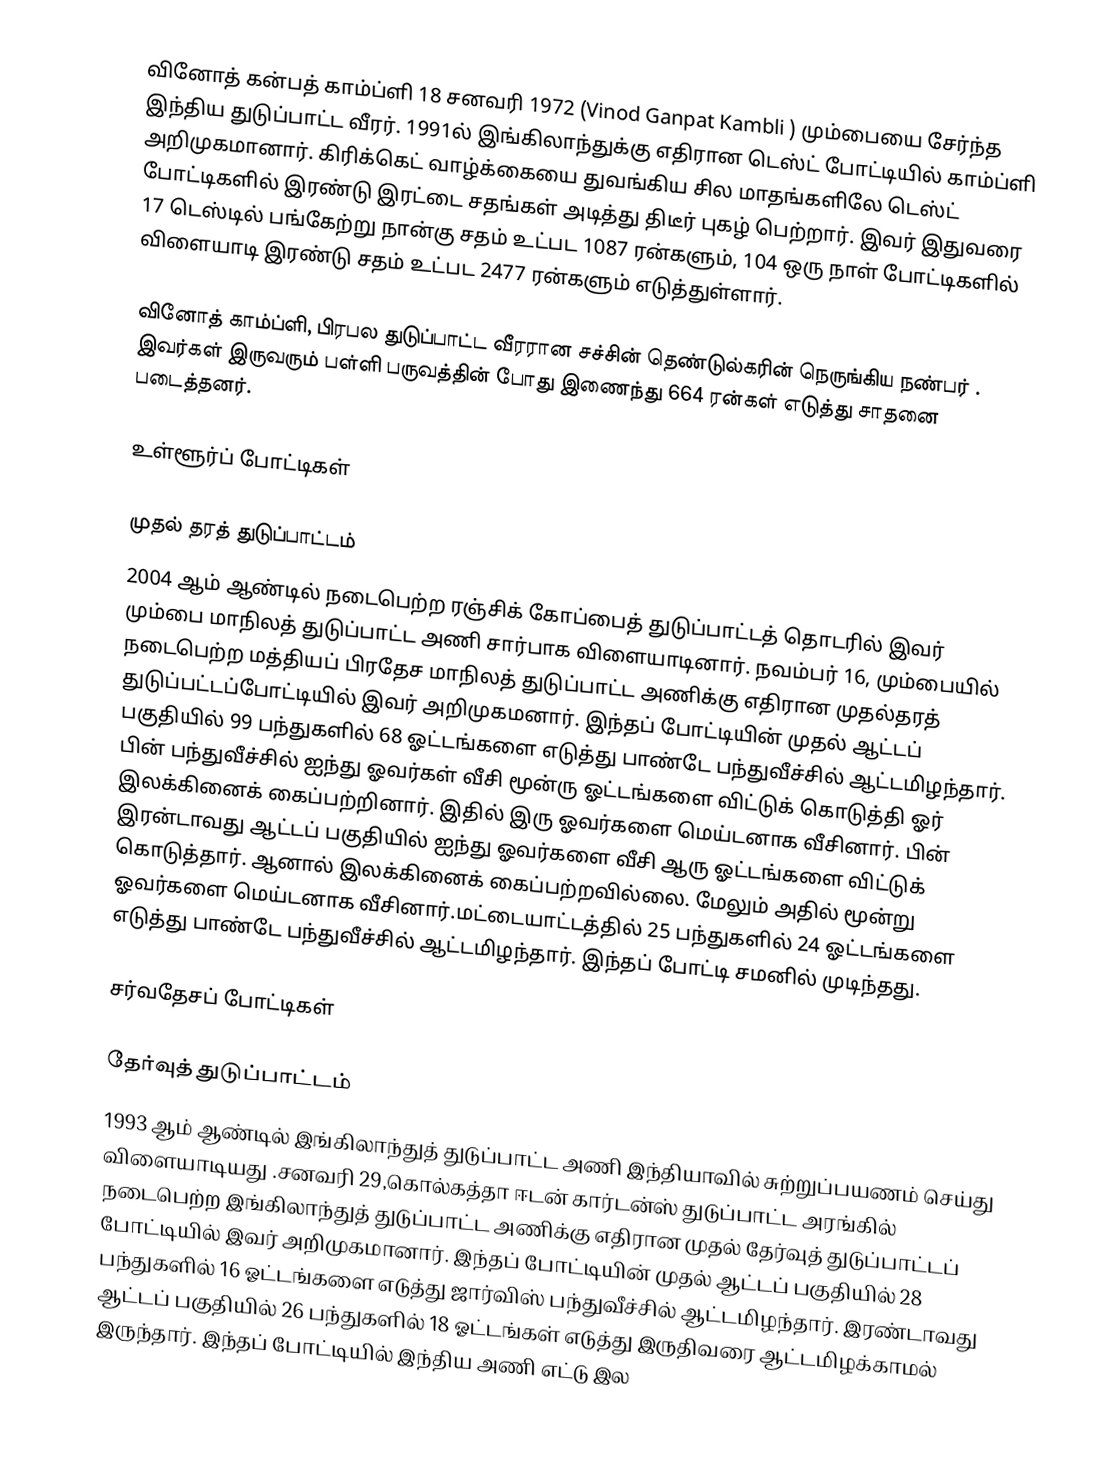
வினோத் கன்பத் காம்ப்ளி 18 சனவரி 1972 (Vinod Ganpat Kambli ) மும்பையை சேர்ந்த இந்திய துடுப்பாட்ட வீரர். 1991ல் இங்கிலாந்துக்கு எதிரான டெஸ்ட் போட்டியில் காம்ப்ளி அறிமுகமானார். கிரிக்கெட் வாழ்க்கையை துவங்கிய சில மாதங்களிலே டெஸ்ட் போட்டிகளில் இரண்டு இரட்டை சதங்கள் அடித்து திடீர் புகழ் பெற்றார். இவர் இதுவரை 17 டெஸ்டில் பங்கேற்று நான்கு சதம் உட்பட 1087 ரன்களும், 104 ஒரு நாள் போட்டிகளில் விளையாடி இரண்டு சதம் உட்பட 2477 ரன்களும் எடுத்துள்ளார்.

வினோத் காம்ப்ளி, பிரபல துடுப்பாட்ட வீரரான சச்சின் தெண்டுல்கரின் நெருங்கிய நண்பர் . இவர்கள் இருவரும் பள்ளி பருவத்தின் போது இணைந்து 664 ரன்கள் எடுத்து சாதனை படைத்தனர்.

உள்ளூர்ப் போட்டிகள்

முதல் தரத் துடுப்பாட்டம்
2004 ஆம் ஆண்டில் நடைபெற்ற ரஞ்சிக் கோப்பைத் துடுப்பாட்டத் தொடரில் இவர் மும்பை மாநிலத் துடுப்பாட்ட அணி சார்பாக விளையாடினார். நவம்பர் 16, மும்பையில் நடைபெற்ற மத்தியப் பிரதேச மாநிலத் துடுப்பாட்ட அணிக்கு எதிரான முதல்தரத் துடுப்பட்டப்போட்டியில் இவர் அறிமுகமனார். இந்தப் போட்டியின் முதல் ஆட்டப் பகுதியில் 99 பந்துகளில் 68 ஓட்டங்களை எடுத்து பாண்டே பந்துவீச்சில் ஆட்டமிழந்தார். பின் பந்துவீச்சில் ஐந்து ஓவர்கள் வீசி மூன்ரு ஓட்டங்களை விட்டுக் கொடுத்தி ஓர் இலக்கினைக் கைப்பற்றினார். இதில் இரு ஓவர்களை மெய்டனாக வீசினார். பின் இரன்டாவது ஆட்டப் பகுதியில் ஐந்து ஓவர்களை வீசி ஆரு ஓட்டங்களை விட்டுக் கொடுத்தார். ஆனால் இலக்கினைக் கைப்பற்றவில்லை. மேலும் அதில் மூன்று ஓவர்களை மெய்டனாக வீசினார்.மட்டையாட்டத்தில் 25 பந்துகளில் 24 ஓட்டங்களை எடுத்து பாண்டே பந்துவீச்சில் ஆட்டமிழந்தார். இந்தப் போட்டி சமனில் முடிந்தது.

சர்வதேசப் போட்டிகள்

தேர்வுத் துடுப்பாட்டம்
1993 ஆம் ஆண்டில் இங்கிலாந்துத் துடுப்பாட்ட அணி இந்தியாவில் சுற்றுப்பயணம் செய்து விளையாடியது .சனவரி 29,கொல்கத்தா ஈடன் கார்டன்ஸ் துடுப்பாட்ட அரங்கில் நடைபெற்ற இங்கிலாந்துத் துடுப்பாட்ட அணிக்கு எதிரான முதல் தேர்வுத் துடுப்பாட்டப் போட்டியில் இவர் அறிமுகமானார். இந்தப் போட்டியின் முதல் ஆட்டப் பகுதியில் 28 பந்துகளில் 16 ஓட்டங்களை எடுத்து ஜார்விஸ் பந்துவீச்சில் ஆட்டமிழந்தார். இரண்டாவது ஆட்டப் பகுதியில் 26 பந்துகளில் 18 ஓட்டங்கள் எடுத்து இருதிவரை ஆட்டமிழக்காமல் இருந்தார். இந்தப் போட்டியில் இந்திய அணி எட்டு இல